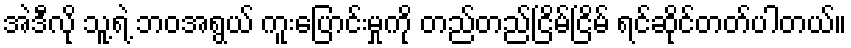
အဲဒီလို သူ့ရဲ့ ဘဝအရွယ် ကူးပြောင်းမှုကို တည်တည်ငြိမ်ငြိမ် ရင်ဆိုင်တတ်ပါတယ်။